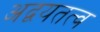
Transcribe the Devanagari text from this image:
अद्वयतत्व